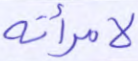
لامرأته